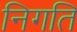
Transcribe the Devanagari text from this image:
निगति